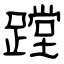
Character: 蹚